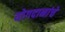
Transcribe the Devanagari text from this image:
योगदानांचे